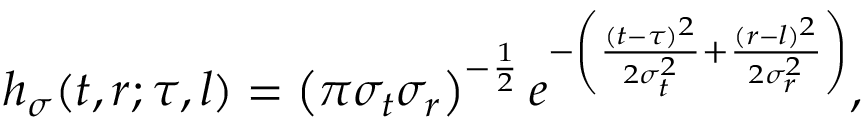
h _ { \sigma } ( t , r ; \tau , l ) = \left( \pi \sigma _ { t } \sigma _ { r } \right) ^ { - \frac { 1 } { 2 } } e ^ { - \left( \frac { ( t - \tau ) ^ { 2 } } { 2 \sigma _ { t } ^ { 2 } } + \frac { ( r - l ) ^ { 2 } } { 2 \sigma _ { r } ^ { 2 } } \right) } ,